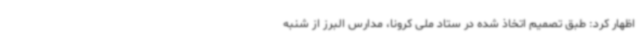
اظهار کرد: طبق تصمیم اتخاذ شده در ستاد ملی کرونا، مدارس البرز از شنبه